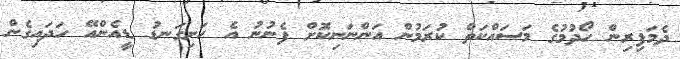
ދެމަފިރިން ހޯދުމުގެ މަސައްކަތް ކުރަމުން އަންނަނިކޮށް ފެނުނު އެ ހަށިގަނޑު ޑީއެންއޭ ހަދައިގެން